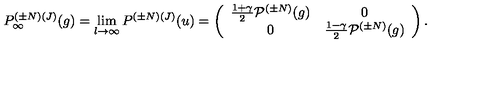
P _ { \infty } ^ { ( { \pm } N ) ( J ) } ( g ) = \lim _ { l { \rightarrow } { \infty } } P ^ { ( { \pm } N ) ( J ) } ( u ) = \left( \begin{array} { c c } { \frac { 1 + { \gamma } } { 2 } { \cal P } ^ { ( { \pm } N ) } ( g ) } & { 0 } \\ { 0 } & { \frac { 1 - { \gamma } } { 2 } { \cal P } ^ { ( { \pm } N ) } ( g ) } \\ \end{array} \right) .